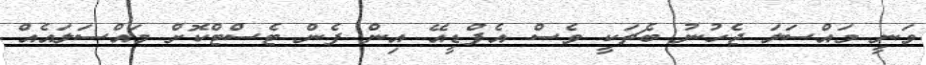
ވަނީ މައްސަލަ ޖެހުނު ބެޗަކީ ވެސް އެފްޑީއޭ އިން ފެން ޓެސްޓްކޮށް މައްސަލައެއް